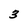
Character: 3